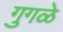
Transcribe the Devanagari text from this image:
गुगळे